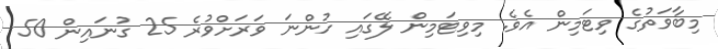
މިބާވަތުގެ ވިޓަމިން އެވެ. މިވިޓަމިން ލޭގައި ހުންނަ ވަރަށްވުރެ 25 ގުނައިން 50